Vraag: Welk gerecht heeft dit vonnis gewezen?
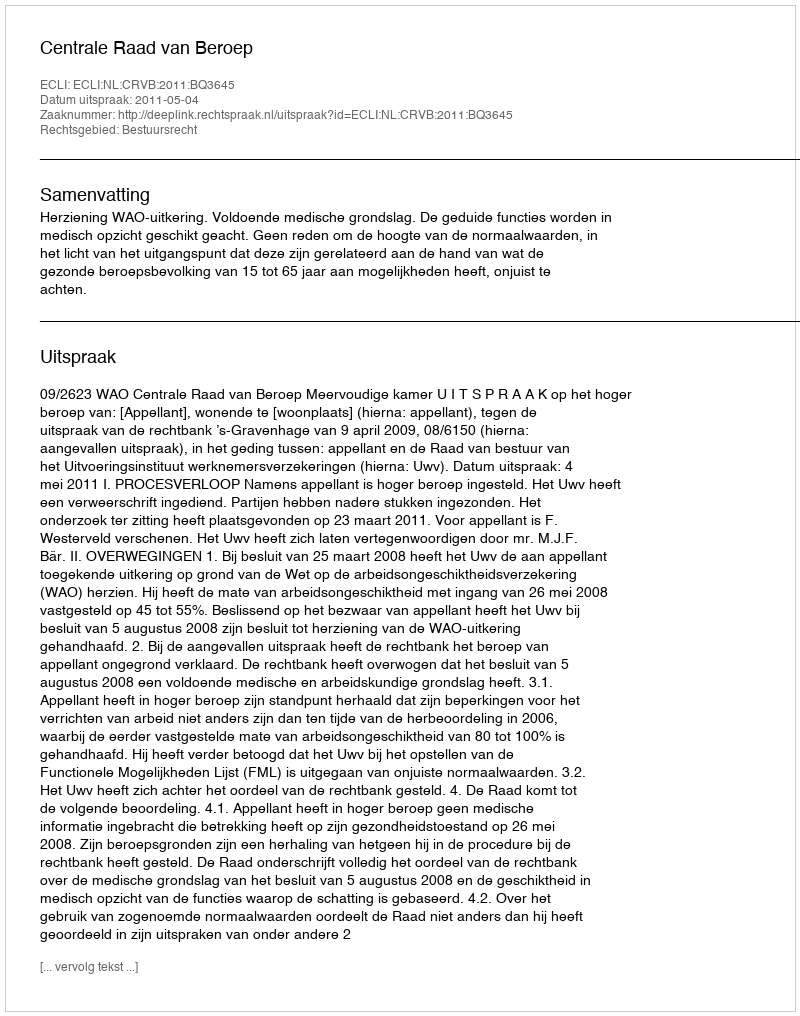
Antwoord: Centrale Raad van Beroep